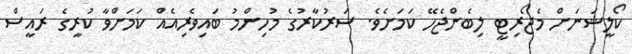
ކޯލީޝަނަށް މެޖޯރިޓީ ލިބެންޖެހޭ ކަމަށެވެ. ސަރުކާރުގެ މުހިންމު ބައިވެރިއެއް ކަމަށްވާ ކުރީގެ ރައީސް